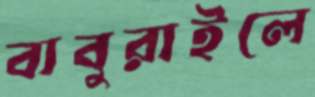
বাবুরাইলে